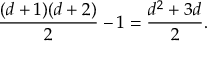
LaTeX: { \frac { ( d + 1 ) ( d + 2 ) } { 2 } } - 1 = { \frac { d ^ { 2 } + 3 d } { 2 } } .